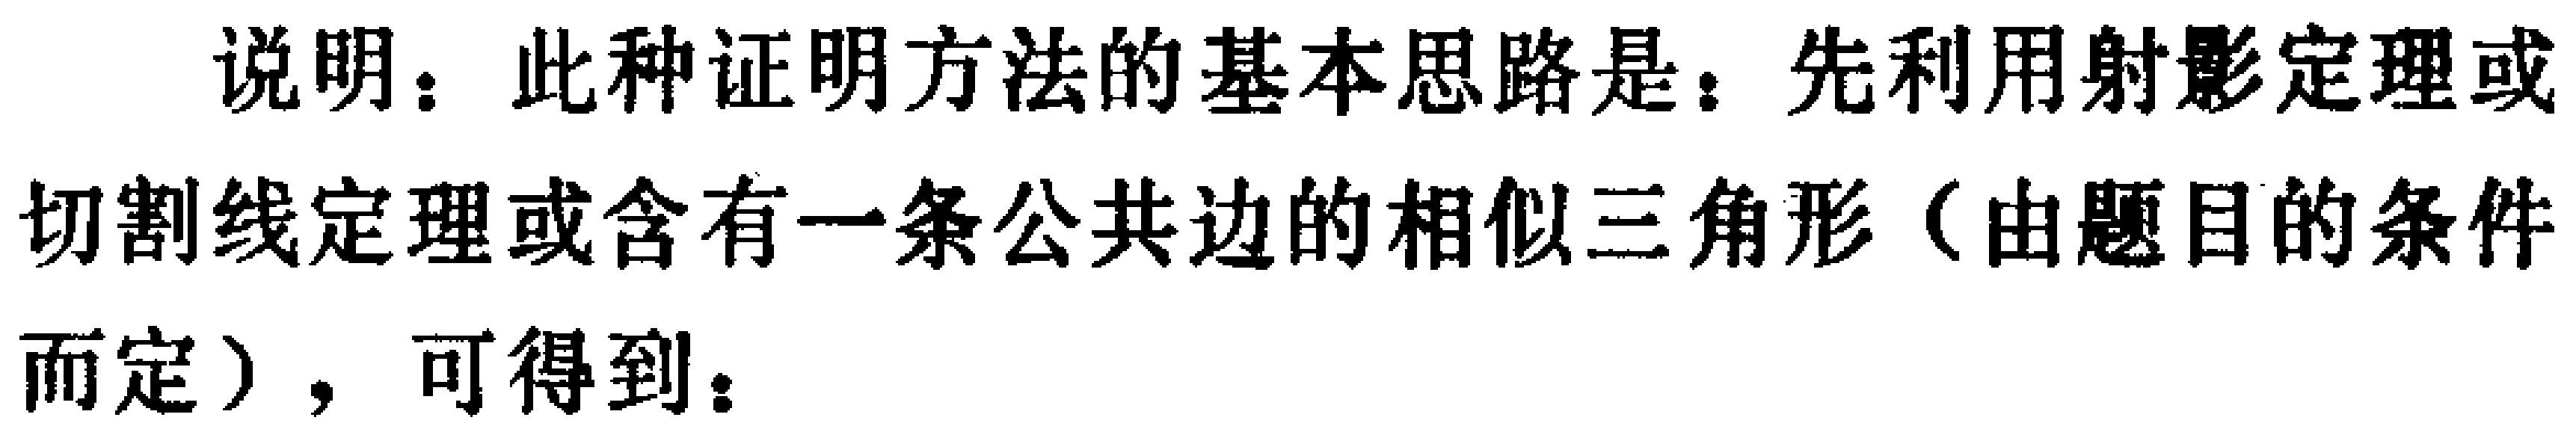
说明：此种证明方法的基本思路是：先利用射影定理或切割线定理或含有一条公共边的相似三角形（由题目的条件而定），可得到：